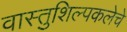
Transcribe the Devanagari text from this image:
वास्तुशिल्पकलेचे